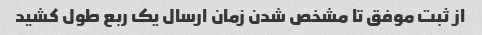
از ثبت موفق تا مشخص شدن زمان ارسال یک ربع طول کشید